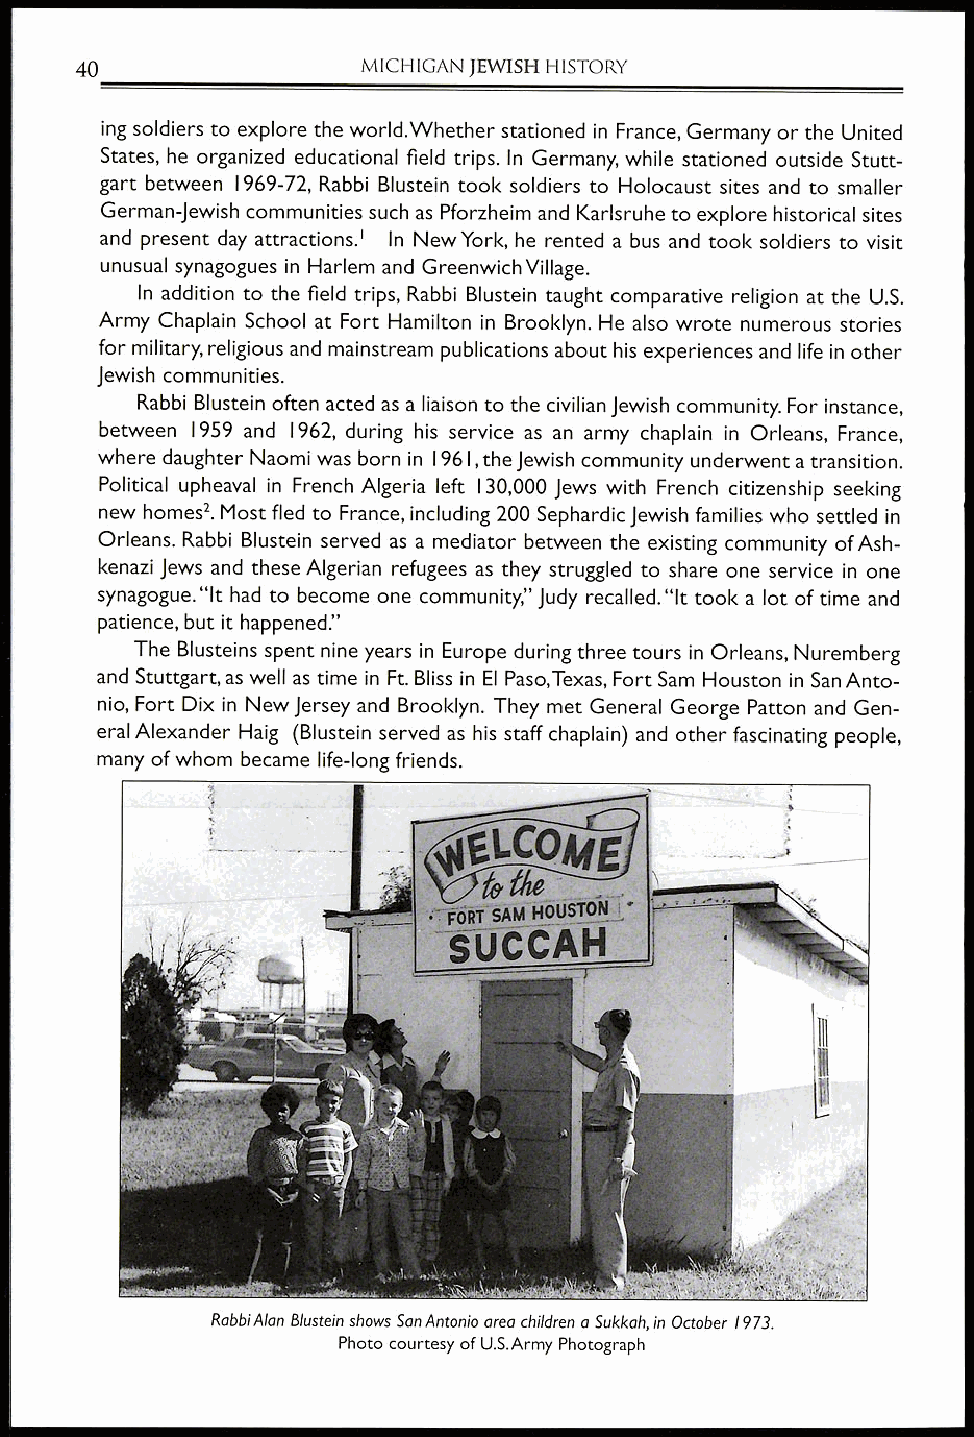
4()                MICHIGAN JEWISH HISTORY
 ing soldiers to explore the world.Whether stationed in France, Germany or the United
 States, he organized educational field trips. In Germany, while stationed outside Stutt-
 gart between 1969-72, Rabbi Blustein took soldiers to Holocaust sites and to smaller
 German-Jewish communities such as Pforzheim and Karlsruhe to explore historical sites
 and present day attractions.' In New York, he rented a bus and took soldiers to visit
 unusual synagogues in Harlem and Greenwich Village.
 In addition to the field trips, Rabbi Blustein taught comparative religion at the U.S.
 Army Chaplain School at Fort Hamilton in Brooklyn. He also wrote numerous stories
 for military, religious and mainstream publications about his experiences and life in other
 Jewish communities.
 Rabbi Blustein often acted as a liaison to the civilian Jewish community. For instance,
 between 1959 and 1962, during his service as an army chaplain in Orleans, France,
 where daughter Naomi was born in 1961, the Jewish community underwent a transition.
 Political upheaval in French Algeria left 130,000 Jews with French citizenship seeking
 new homes2. Most fled to France, including 200 Sephardic Jewish families who settled in
 Orleans. Rabbi Blustein served as a mediator between the existing community of Ash-
 kenazi Jews and these Algerian refugees as they struggled to share one service in one
 synagogue. "It had to become one community," Judy recalled. "It took a lot of time and
 patience, but it happened."
 The Blusteins spent nine years in Europe during three tours in Orleans, Nuremberg
 and Stuttgart, as well as time in Ft. Bliss in El Paso,Texas, Fort Sam Houston in San Anto-
 nio, Fort Dix in New Jersey and Brooklyn. They met General George Patton and Gen-
 eral Alexander Haig (Blustein served as his staff chaplain) and other fascinating people,
 many of whom became life-long friends.
 giapeithi,te"'"
 A ricALMON4Atelfier .  IANO ._
 Rabbi Alan Blustein shows San Antonio area children a Sukkah, in October 1973.
 Photo courtesy of U.S.Army Photograph